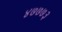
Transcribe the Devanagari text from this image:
४७७७३